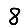
Digit: 8